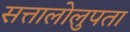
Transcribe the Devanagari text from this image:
सत्तालोलुपता